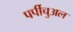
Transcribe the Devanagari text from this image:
पर्पीचुअल